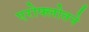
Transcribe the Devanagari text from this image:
एरोफ्लोतने